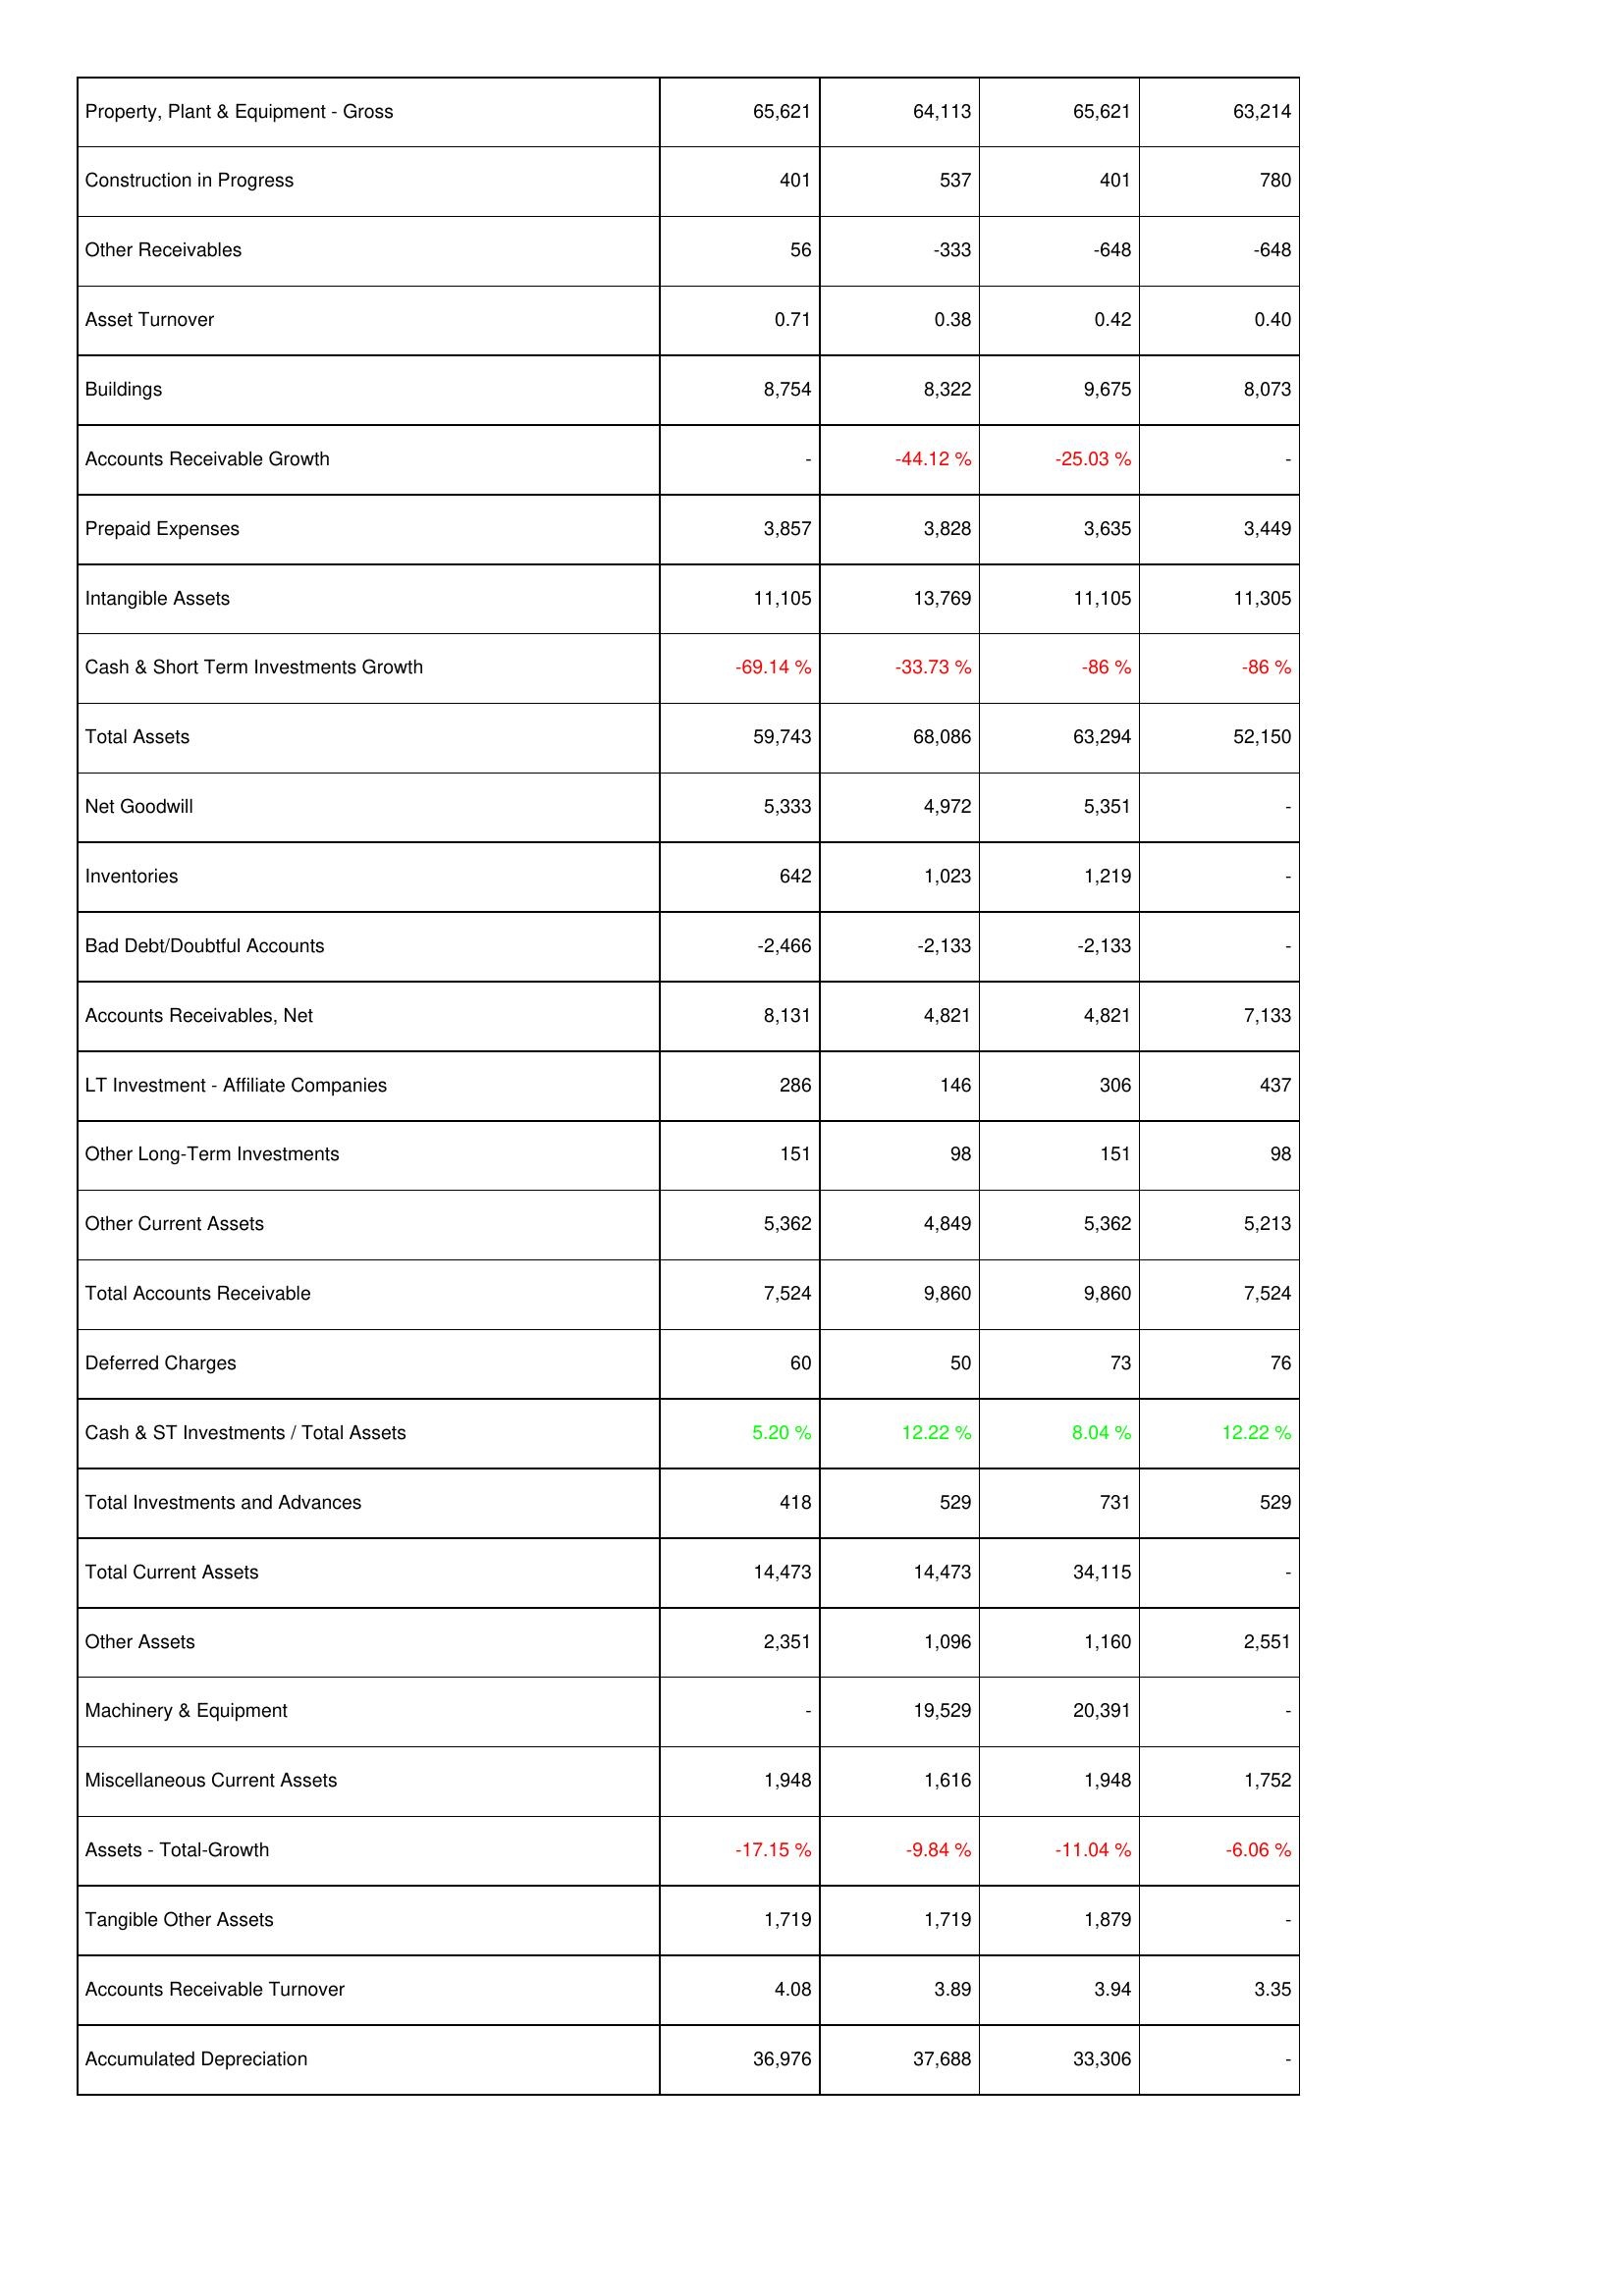
2012: Assets: Property, Plant & Equipment - Gross: 65,621
Construction in Progress: 401
Other Receivables: 56
Asset Turnover: 0.71
Buildings: 8,754
Accounts Receivable Growth: -
Prepaid Expenses: 3,857
Intangible Assets: 11,105
Cash & Short Term Investments Growth: -69.14 %
Total Assets: 59,743
Net Goodwill: 5,333
Inventories: 642
Bad Debt/Doubtful Accounts: -2,466
Accounts Receivables, Net: 8,131
LT Investment - Affiliate Companies: 286
Other Long-Term Investments: 151
Other Current Assets: 5,362
Total Accounts Receivable: 7,524
Deferred Charges: 60
Cash & ST Investments / Total Assets: 5.20 %
Total Investments and Advances: 418
Total Current Assets: 14,473
Other Assets: 2,351
Machinery & Equipment: -
Miscellaneous Current Assets: 1,948
Assets - Total-Growth: -17.15 %
Tangible Other Assets: 1,719
Accounts Receivable Turnover: 4.08
Accumulated Depreciation: 36,976
2011: Assets: Property, Plant & Equipment - Gross: 64,113
Construction in Progress: 537
Other Receivables: -333
Asset Turnover: 0.38
Buildings: 8,322
Accounts Receivable Growth: -44.12 %
Prepaid Expenses: 3,828
Intangible Assets: 13,769
Cash & Short Term Investments Growth: -33.73 %
Total Assets: 68,086
Net Goodwill: 4,972
Inventories: 1,023
Bad Debt/Doubtful Accounts: -2,133
Accounts Receivables, Net: 4,821
LT Investment - Affiliate Companies: 146
Other Long-Term Investments: 98
Other Current Assets: 4,849
Total Accounts Receivable: 9,860
Deferred Charges: 50
Cash & ST Investments / Total Assets: 12.22 %
Total Investments and Advances: 529
Total Current Assets: 14,473
Other Assets: 1,096
Machinery & Equipment: 19,529
Miscellaneous Current Assets: 1,616
Assets - Total-Growth: -9.84 %
Tangible Other Assets: 1,719
Accounts Receivable Turnover: 3.89
Accumulated Depreciation: 37,688
2010: Assets: Property, Plant & Equipment - Gross: 65,621
Construction in Progress: 401
Other Receivables: -648
Asset Turnover: 0.42
Buildings: 9,675
Accounts Receivable Growth: -25.03 %
Prepaid Expenses: 3,635
Intangible Assets: 11,105
Cash & Short Term Investments Growth: -86 %
Total Assets: 63,294
Net Goodwill: 5,351
Inventories: 1,219
Bad Debt/Doubtful Accounts: -2,133
Accounts Receivables, Net: 4,821
LT Investment - Affiliate Companies: 306
Other Long-Term Investments: 151
Other Current Assets: 5,362
Total Accounts Receivable: 9,860
Deferred Charges: 73
Cash & ST Investments / Total Assets: 8.04 %
Total Investments and Advances: 731
Total Current Assets: 34,115
Other Assets: 1,160
Machinery & Equipment: 20,391
Miscellaneous Current Assets: 1,948
Assets - Total-Growth: -11.04 %
Tangible Other Assets: 1,879
Accounts Receivable Turnover: 3.94
Accumulated Depreciation: 33,306
2009: Assets: Property, Plant & Equipment - Gross: 63,214
Construction in Progress: 780
Other Receivables: -648
Asset Turnover: 0.40
Buildings: 8,073
Accounts Receivable Growth: -
Prepaid Expenses: 3,449
Intangible Assets: 11,305
Cash & Short Term Investments Growth: -86 %
Total Assets: 52,150
Net Goodwill: -
Inventories: -
Bad Debt/Doubtful Accounts: -
Accounts Receivables, Net: 7,133
LT Investment - Affiliate Companies: 437
Other Long-Term Investments: 98
Other Current Assets: 5,213
Total Accounts Receivable: 7,524
Deferred Charges: 76
Cash & ST Investments / Total Assets: 12.22 %
Total Investments and Advances: 529
Total Current Assets: -
Other Assets: 2,551
Machinery & Equipment: -
Miscellaneous Current Assets: 1,752
Assets - Total-Growth: -6.06 %
Tangible Other Assets: -
Accounts Receivable Turnover: 3.35
Accumulated Depreciation: -